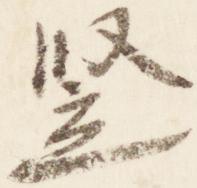
竪